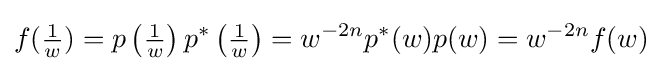
f({\tfrac {1}{w}})=p\left({\tfrac {1}{w}}\right)p^{*}\left({\tfrac {1}{w}}\right)=w^{-2n}p^{*}(w)p(w)=w^{-2n}f(w)